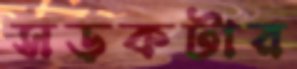
সড়কটার